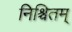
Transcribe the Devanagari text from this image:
निश्चितम्